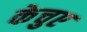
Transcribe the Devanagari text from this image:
केचुए